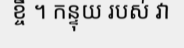
ខ្ចី ។ កន្ទុយ របស់ វា